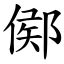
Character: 鄇